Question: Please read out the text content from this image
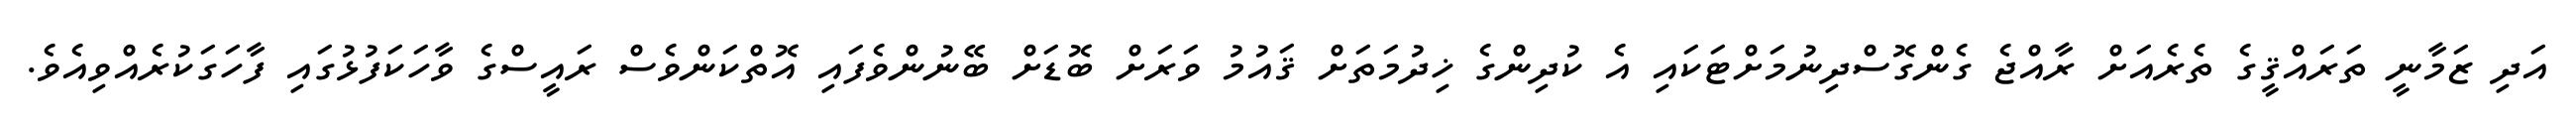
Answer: އަދި ޒަމާނީ ތަރައްޤީގެ ތެރެއަށް ރާއްޖެ ގެންގޮސްދިނުމަށްޓަކައި އެ ކުދިންގެ ޚިދުމަތަށް ޤައުމު ވަރަށް ބޮޑަށް ބޭނުންވެފައި އޮތްކަންވެސް ރައީސްގެ ވާހަކަފުޅުގައި ފާހަގަކުރެއްވިއެވެ.